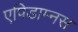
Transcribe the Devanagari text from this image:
एपिडाम्नस